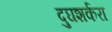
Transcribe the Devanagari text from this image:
दुघशर्करा